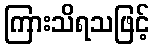
ကြားသိရသဖြင့်